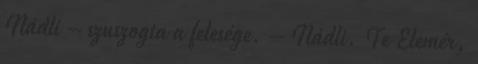
Nádli – szuszogta a felesége. – Nádli. Te Elemér,